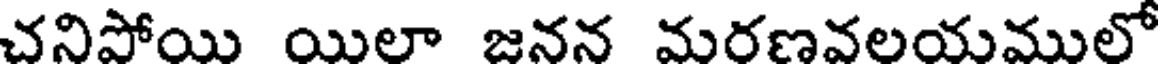
చనిపోయి యిలా జనన మరణవలయములో